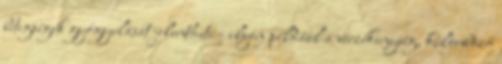
betegségek gyógyulását jelentheti - ilyen például a vérzékenység, különböző